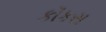
કૉકસ